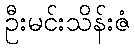
ဦးမင်းသိန်းဇံ